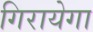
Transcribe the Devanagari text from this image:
गिरायेगा